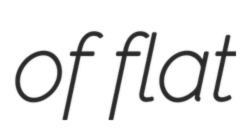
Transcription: of flat